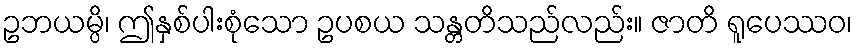
ဥဘယမ္ပိ၊ ဤနှစ်ပါးစုံသော ဥပစယ သန္တတိသည်လည်း။ ဇာတိ ရူပေဿဝ၊